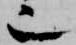
也